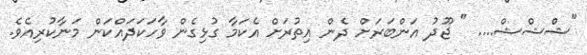
"ޝްޝްޝް.... " ޖޫދު އަންބަރަށް ދެން އިތުރަށް އެކަމާ ގުޅިގެން ވާހަކަދައްކަން މަނާކުރިއެވެ.